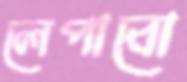
লেপাবো